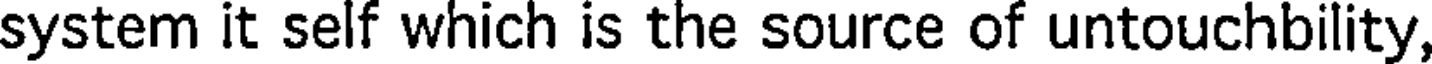
system it self which is the source of untouchbility,